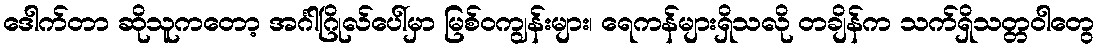
ဒေါက်တာ ဆိုသူကတော့ အင်္ဂါဂြိုလ်ပေါ်မှာ မြစ်ဝကျွန်းများ၊ ရေကန်များရှိသလို တချိန်က သက်ရှိသတ္တဝါတွေ